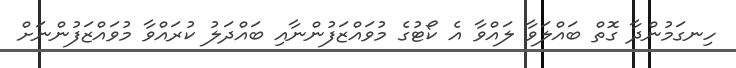
ހިނގަމުންދާ ގޮތް ބައްލަވާ ލައްވާ އެ ކޯޓުގެ މުވައްޒަފުންނާއި ބައްދަލު ކުރައްވާ މުވައްޒަފުންނަށް